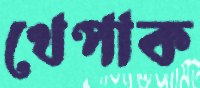
খেপাক